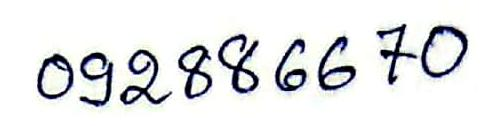
092886670